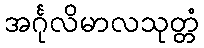
အင်္ဂုလိမာလသုတ္တံ